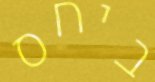
ביחס